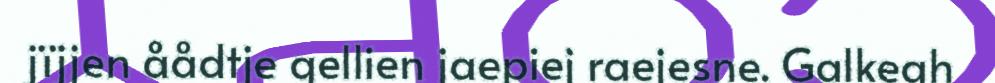
jïjjen åådtje gellien jaepiej raejesne. Galkegh